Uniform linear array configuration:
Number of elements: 32
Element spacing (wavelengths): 0.5
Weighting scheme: exponential
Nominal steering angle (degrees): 45
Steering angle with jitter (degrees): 44.67
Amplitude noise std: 0.05
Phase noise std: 0.05

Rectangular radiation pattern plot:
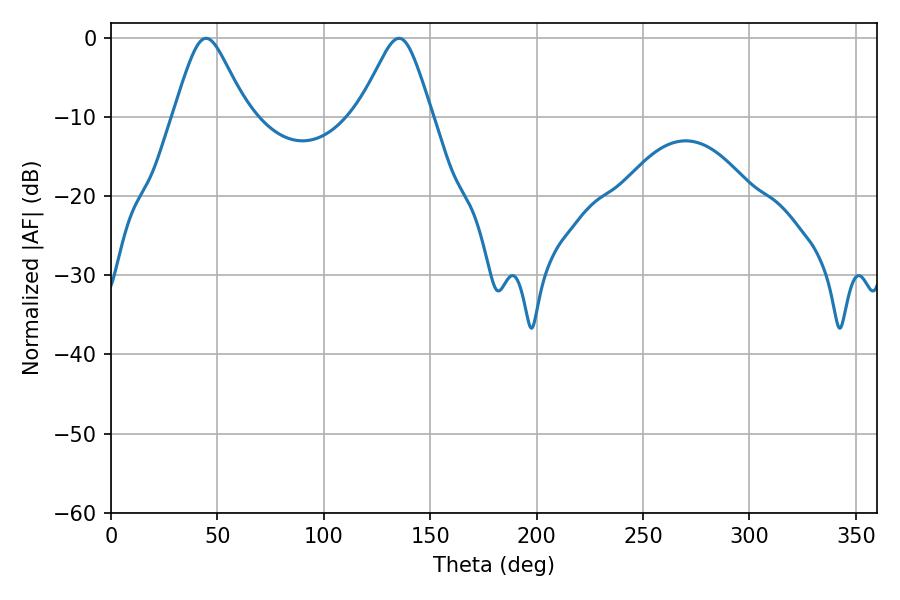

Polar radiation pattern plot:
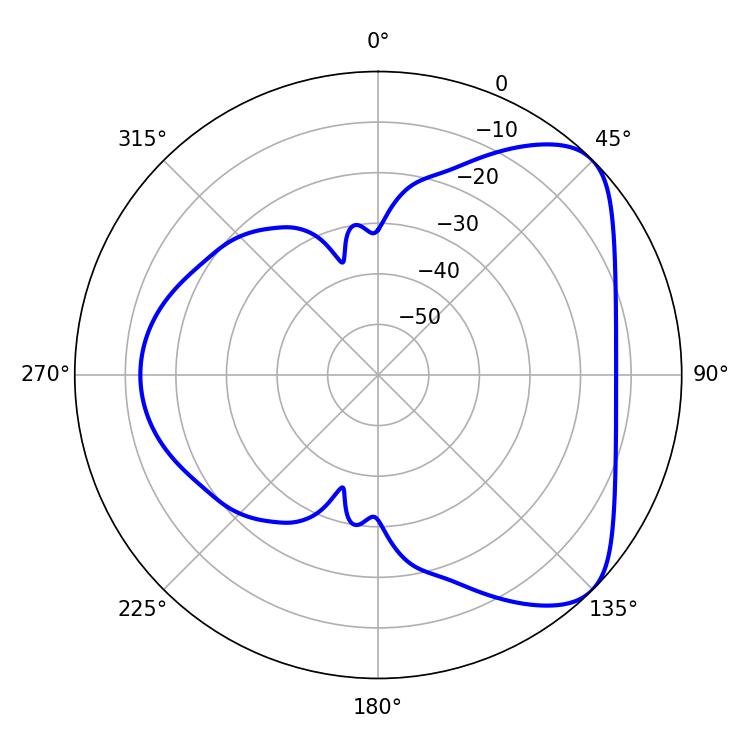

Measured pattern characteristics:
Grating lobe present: FALSE
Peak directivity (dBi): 6.061
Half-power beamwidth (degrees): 16.74
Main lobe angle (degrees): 44.64